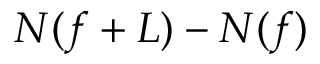
N ( f + L ) - N ( f )